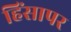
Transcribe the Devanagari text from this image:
हिंसापर